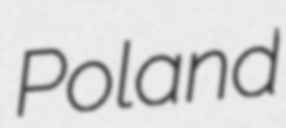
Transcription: Poland